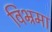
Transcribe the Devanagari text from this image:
विभ्रमा